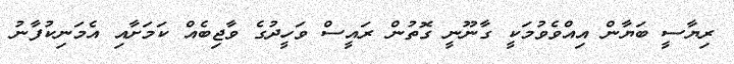
ރިޔާސީ ބަޔާން އިއްވެވުމަކީ ގާނޫނީ ގޮތުން ރައީސް ވަހީދުގެ ވާޖިބެއް ކަމަށާއި އެމަނިކުފާނު